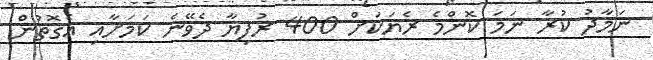
ނަމާދު ކުރާ ނަމަ ކޮންމެ ރެޔަކަށް 400 ރުފިޔާ ދެވޭނެ ކަމަށާއި އެގޮތުން